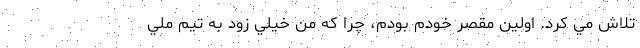
تلا‌ش مي كرد. اولين مقصر خودم بودم، چرا كه من خيلي زود به تيم ملي